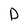
Character: D